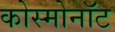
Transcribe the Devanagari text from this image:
कोस्मोनॉट